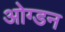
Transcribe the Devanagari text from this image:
ओग्डन